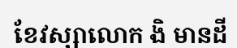
ខែវស្សាលោក ងិ មានដី